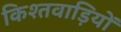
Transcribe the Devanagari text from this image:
किश्तवाड़ियों